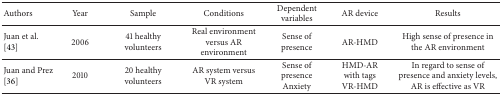
| Authors | Year | Sample | Conditions | Dependent variables | AR device | Results |
 | --- | --- | --- | --- | --- | --- | --- |
 | Juan et al. [43] | 2006 | 41 healthy volunteers | Real environment versus AR environment | Sense of presence | AR-HMD | High sense of presence in the AR environment |
 | Juan and Prez [36] | 2010 | 20 healthy volunteers | AR system versus VR system | Sense of presenceAnxiety | HMD-AR with tagsVR-HMD | In regard to sense of presence and anxiety levels, AR is effective as VR |